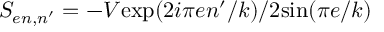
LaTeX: S _ { e n , n ^ { \prime } } = - V \mathrm { e x p } ( 2 i \pi e n ^ { \prime } / k ) / 2 \mathrm { s i n } ( \pi e / k )